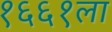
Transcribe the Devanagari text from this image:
१६६१ला